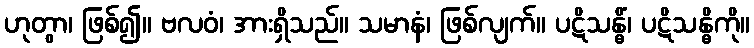
ဟုတွာ၊ ဖြစ်၍။ ဗလဝံ၊ အားရှိသည်။ သမာနံ၊ ဖြစ်လျက်။ ပဋိသန္ဓိံ၊ ပဋိသန္ဓိကို။